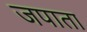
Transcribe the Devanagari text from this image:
जपाता